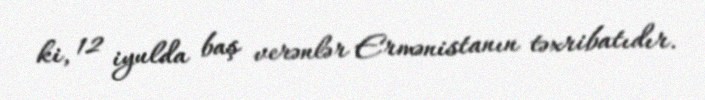
ki, 12 iyulda baş verənlər Ermənistanın təxribatıdır.